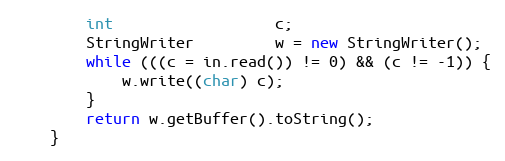
Language: Java
        int                  c;
        StringWriter         w = new StringWriter();
        while (((c = in.read()) != 0) && (c != -1)) {
            w.write((char) c);
        }
        return w.getBuffer().toString();
    }